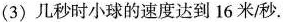
(3)几秒时小球的速度达到16米秒.